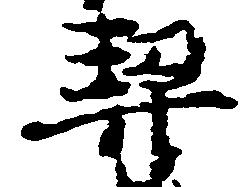
契